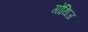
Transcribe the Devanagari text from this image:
गोथिज